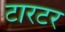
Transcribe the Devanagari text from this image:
टारटर